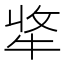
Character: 𤙘